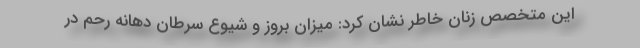
این متخصص زنان خاطر نشان کرد: میزان بروز و شیوع سرطان دهانه رحم در